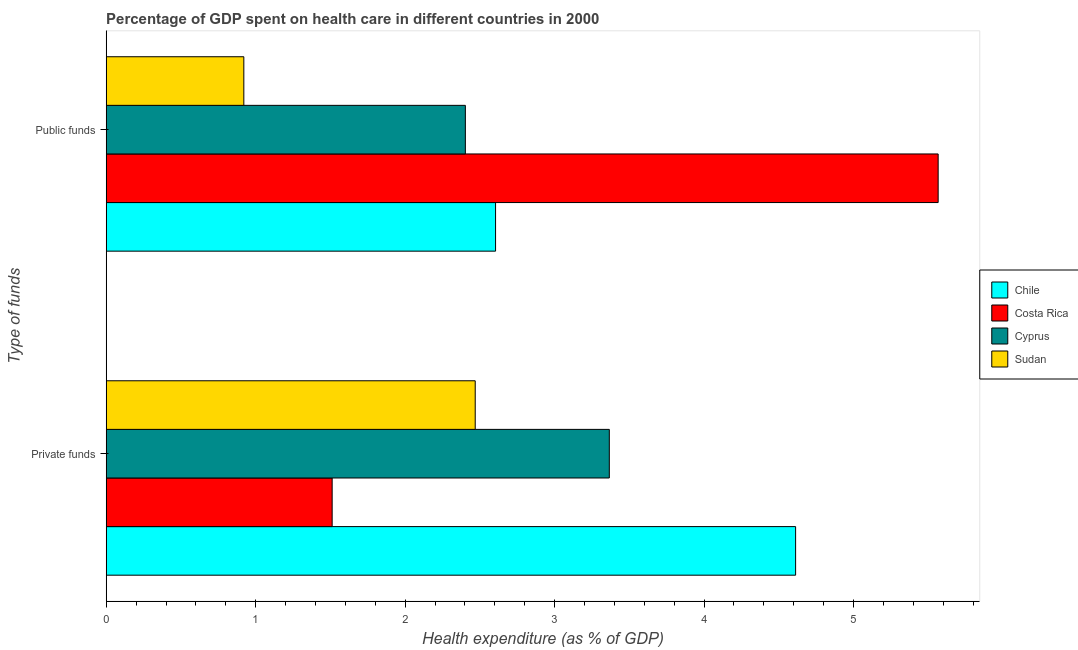
| Type of funds | Chile | Costa Rica | Cyprus | Sudan |
 | --- | --- | --- | --- | --- |
 | Private funds | 4.61 | 1.51 | 3.37 | 2.47 |
 | Public funds | 2.6 | 5.57 | 2.4 | 0.921 |